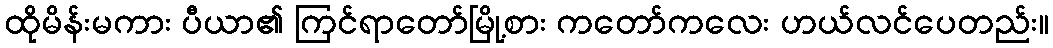
ထိုမိန်းမကား ပီယာ၏ ကြင်ရာတော်မြို့စား ကတော်ကလေး ဟယ်လင်ပေတည်း။